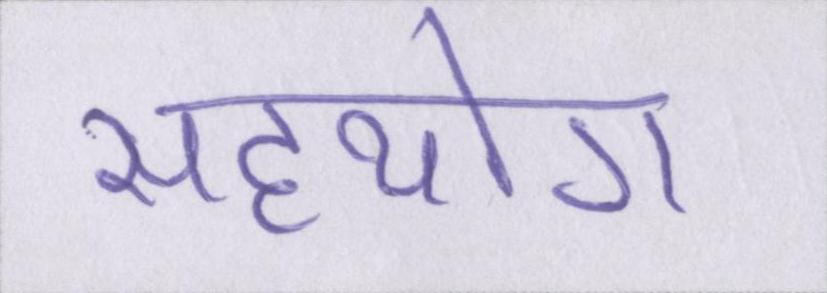
सहयोग